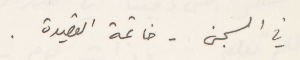
في السجن - خاتمة القصيدة.